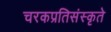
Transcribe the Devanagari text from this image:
चरकप्रतिसंस्कृते